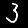
Label: 3